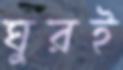
ঘুরই